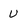
Character: V